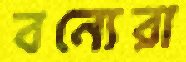
বন্যেরা